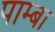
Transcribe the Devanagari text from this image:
पाम्बा